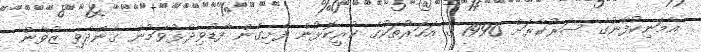
އެމަނިކުފާނުގެ ސަރުކާރަށް 1990 ގެ އަހަރުތަކުގެ ކުރީކޮޅުން ފެށިގެން ފާޑުވިދާޅުވަމުން ގެންދެވި ޒުވާން